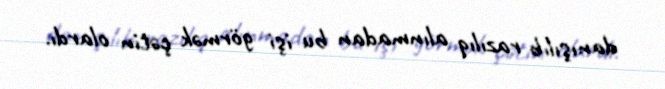
danışılıb razılıq alınmadan bu işi görmək çətin olardı.